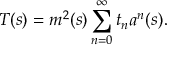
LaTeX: T ( s ) = m ^ { 2 } ( s ) \sum _ { n = 0 } ^ { \infty } t _ { n } a ^ { n } ( s ) .